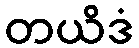
တယိဒံ